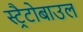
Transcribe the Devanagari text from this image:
स्ट्रैटोबाउल